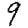
Digit: 9